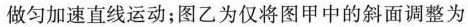
做匀加速直线运动；图乙为仅将图甲中的斜面调整为